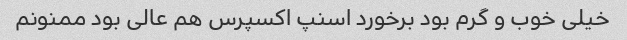
خیلى خوب و گرم بود برخورد اسنپ اکسپرس هم عالى بود ممنونم